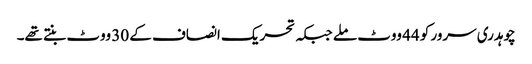
چوہدری سرور کو 44 ووٹ ملے جبکہ تحریک انصاف کے 30 ووٹ بنتے تھے۔